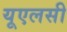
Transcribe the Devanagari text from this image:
यूएलसी